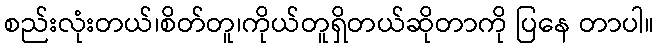
စည်းလုံးတယ်၊စိတ်တူ၊ကိုယ်တူရှိတယ်ဆိုတာကို ပြနေ တာပါ။